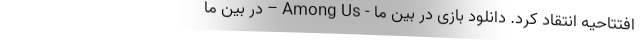
افتتاحیه انتقاد کرد. دانلود بازی در بین ما - Among Us – در بین ما